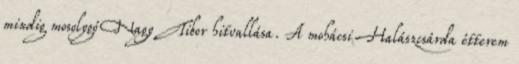
mindig mosolygó Nagy Tibor hitvallása. A mohácsi Halászcsárda étterem